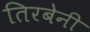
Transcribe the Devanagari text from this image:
तिरबेनी